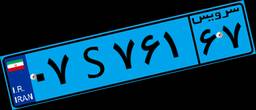
۸۱S۱۴۰۴۳